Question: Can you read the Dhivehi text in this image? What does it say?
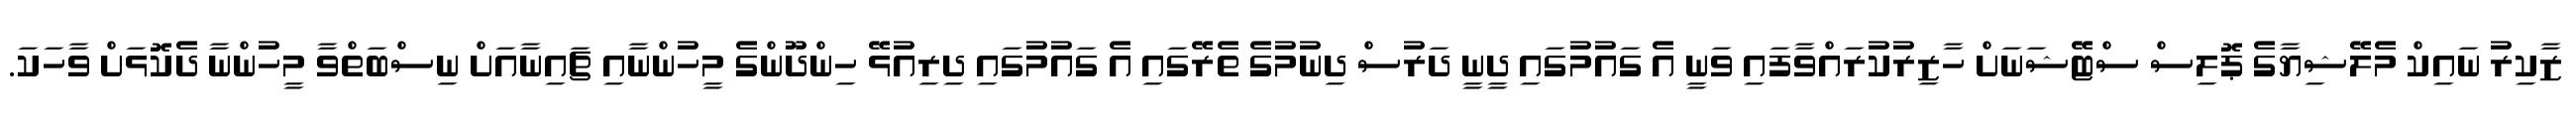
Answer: ޒާކިރު ނައިކް މެލޭޝިޔާގެ ޕޮލިސް ސްޓޭޝަނަށް ހާޒިރުކުރައްވާފައި ވަނީ އެ ގައުމުގައި ދީނީ ދަރުސް ދިނުމުގެ ތެރޭގައި އެ ގައުމުގައި ދިރިއުޅޭ ހިންދޫންގެ މީހުންނާއި ޗައިނާއަށް ނިސްބަތްވާ މީހުންނާ ދެކޮޅަށް ވާހަކަ.